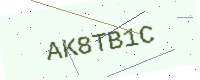
Text: AK8TB1C